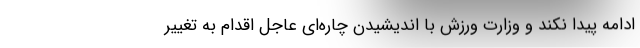
ادامه پیدا نکند و وزارت ورزش با اندیشیدن چاره‌ای عاجل اقدام به تغییر